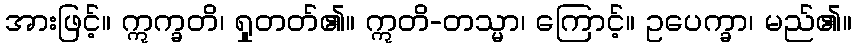
အားဖြင့်။ ဣက္ခတိ၊ ရှုတတ်၏။ ဣတိ-တသ္မာ၊ ကြောင့်။ ဥပေက္ခာ၊ မည်၏။